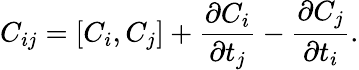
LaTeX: C_{ij}=[C_{i},C_{j}]+\frac{\partial C_{i}}{\partial t_{j}}-\frac{\partial C_{j}}{\partial t_{i}}.